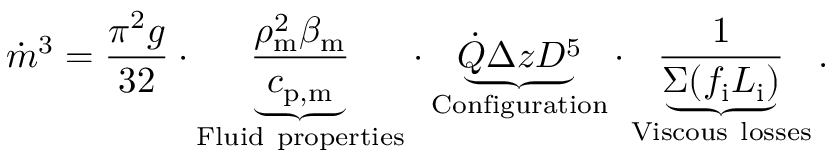
\dot { m } ^ { 3 } = \frac { \pi ^ { 2 } g } { 3 2 } \cdot { \underbrace { \frac { \rho _ { \mathrm { m } } ^ { 2 } \beta _ { \mathrm { m } } } { c _ { \mathrm { p , m } } } } _ { \mathrm { F l u i d ~ p r o p e r t i e s } } } \cdot \underbrace { \dot { Q } \Delta z D ^ { 5 } } _ { \mathrm { C o n f i g u r a t i o n } } \cdot \underbrace { \frac { 1 } { \Sigma ( f _ { \mathrm { i } } L _ { \mathrm { i } } ) } } _ { \mathrm { V i s c o u s ~ l o s s e s } } .